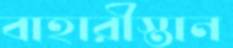
বাহারীস্তান